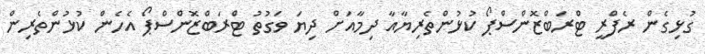
ގުޅިގެން ރެފްރީ ޓްރަބްޒޮންސްޕޯ ކުޅުންތެރިޔާއާ ދިމާއަށް ދިޔަ ވަގުތު ޓްރަބްޒޮންސްޕޯ އެހެން ކުޅުންތެރިން